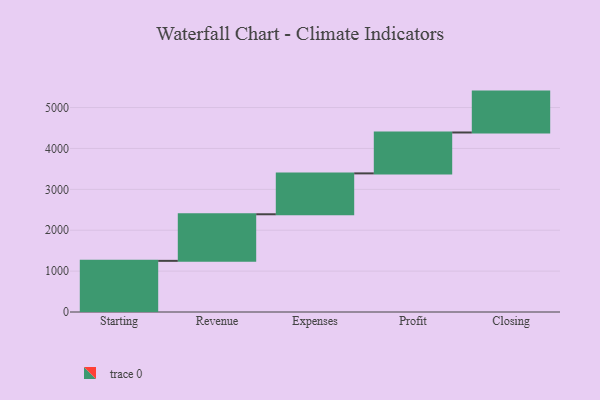
{"axis": {"x": "Step", "y": "Value"}, "legend": [""], "data": [{"x": "Starting", "y": 1251.0, "type": ""}, {"x": "Revenue", "y": 1139.0, "type": ""}, {"x": "Expenses", "y": 1000, "type": ""}, {"x": "Profit", "y": 1000, "type": ""}, {"x": "Closing", "y": 1000, "type": ""}]}